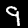
Label: 9